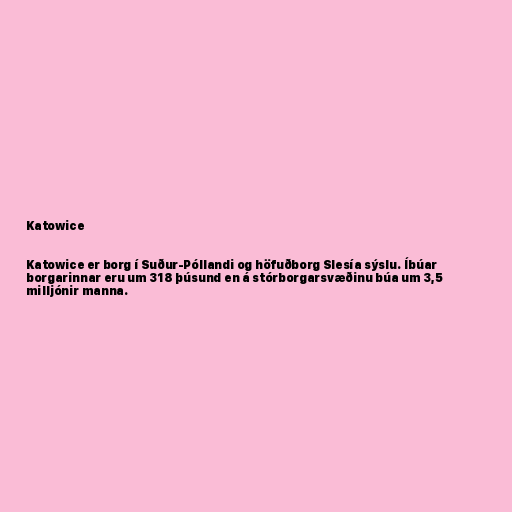
Katowice

Katowice er borg í Suður-Póllandi og höfuðborg Slesía sýslu. Íbúar
borgarinnar eru um 318 þúsund en á stórborgarsvæðinu búa um 3,5
milljónir manna.